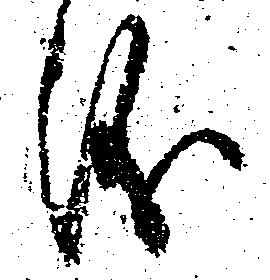
儀